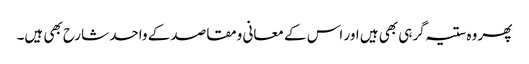
پھر وہ ستیہ گرہی بھی ہیں اور اس کے معانی ومقاصد کے واحد شارح بھی ہیں۔